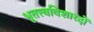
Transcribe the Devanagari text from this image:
भूतत्त्वविशारदों